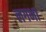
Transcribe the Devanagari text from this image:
लगभा